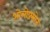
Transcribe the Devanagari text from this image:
ओलोफ़्सोन